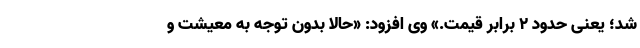
شد؛ یعنی حدود ۲ برابر قیمت.» وی افزود: «حالا بدون توجه به معیشت و